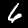
Label: 6